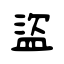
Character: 盜